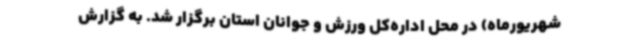
شهریورماه) در محل اداره‌کل ورزش و جوانان استان برگزار شد. به گزارش